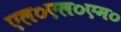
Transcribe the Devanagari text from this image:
एल०एल०एम०